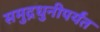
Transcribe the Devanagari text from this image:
समुद्रधुनीपर्यंत